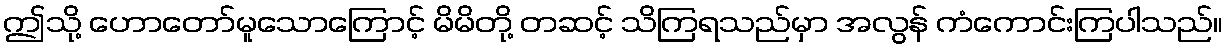
ဤသို့ ဟောတော်မူသောကြောင့် မိမိတို့ တဆင့် သိကြရသည်မှာ အလွန် ကံကောင်းကြပါသည်။